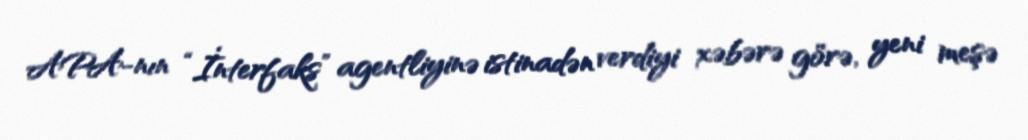
APA-nın “İnterfaks” agentliyinə istinadən verdiyi xəbərə görə, yeni meşə